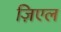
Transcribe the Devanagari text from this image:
ज़िएल